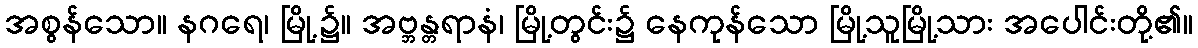
အစွန်သော။ နဂရေ၊ မြို့၌။ အဗ္ဘန္တရာနံ၊ မြို့တွင်း၌ နေကုန်သော မြို့သူမြို့သား အပေါင်းတို့၏။